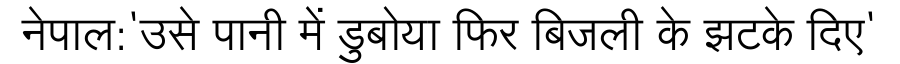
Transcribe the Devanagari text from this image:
नेपाल:'उसे पानी में डुबोया फिर बिजली के झटके दिए'